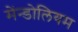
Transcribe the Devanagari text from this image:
मेंन्डोलियम